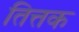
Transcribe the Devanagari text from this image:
तित्तक